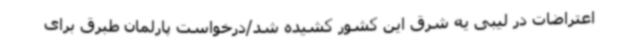
اعتراضات در لیبی یه شرق این کشور کشیده شد/درخواست پارلمان طبرق برای